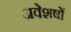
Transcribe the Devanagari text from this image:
अवेशषों